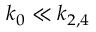
k _ { 0 } \ll k _ { 2 , 4 }